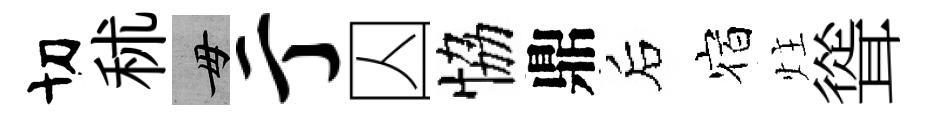
切秫毋亍囚恊鼎后宿炷聳